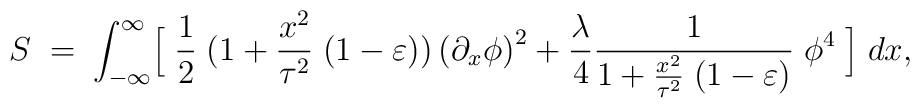
S\;=\;\int^{\infty}_{-\infty}\Bigl[\;{1\over 2} \;(1+{x^2\over \tau^2}\;(1-\varepsilon))\left({\partial_{x}\phi}\right)^2+{\lambda\over4}{1\over{1+{x^2\over \tau^2}\;(1-\varepsilon)}}\;\phi^4 \;\Bigr]\;dx,